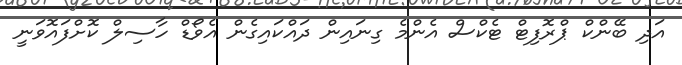
އަދި ބޭންކް ޕްރޮފިޓް ޓެކްސް އެންމެ ގިނައިން ދައްކައިގެން އެވޯޑް ހާސިލް ކޮށްފައޮވަނީ